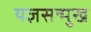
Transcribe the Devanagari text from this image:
यज्ञसन्मुख